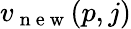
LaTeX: v_{\mathrm{~n~e~w~}}(p,j)